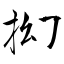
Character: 抝